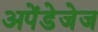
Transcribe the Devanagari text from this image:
अपेंडेजेज